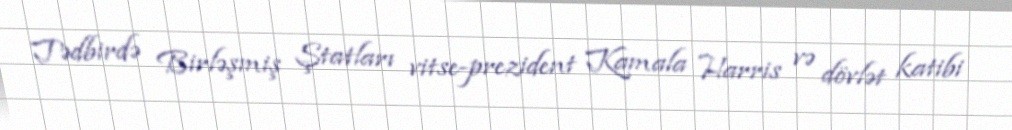
Tədbirdə Birləşmiş Ştatları vitse-prezident Kamala Harris və dövlət katibi